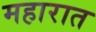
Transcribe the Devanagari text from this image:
महारात